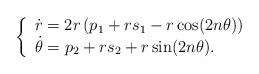
\begin{align*}\left\{ \begin{array}{l} \displaystyle{\dot{r}=2r\left(p_1+rs_1-r\cos(2n\theta)\right)}\\ \displaystyle{\dot{\theta}=p_2+rs_2+r\sin(2n\theta)}. \end{array} \right.\end{align*}